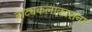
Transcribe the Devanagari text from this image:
नाट्यकलाकारांना